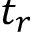
t _ { r }